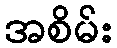
အစိမ်း